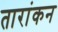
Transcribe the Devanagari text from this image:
तारांकन